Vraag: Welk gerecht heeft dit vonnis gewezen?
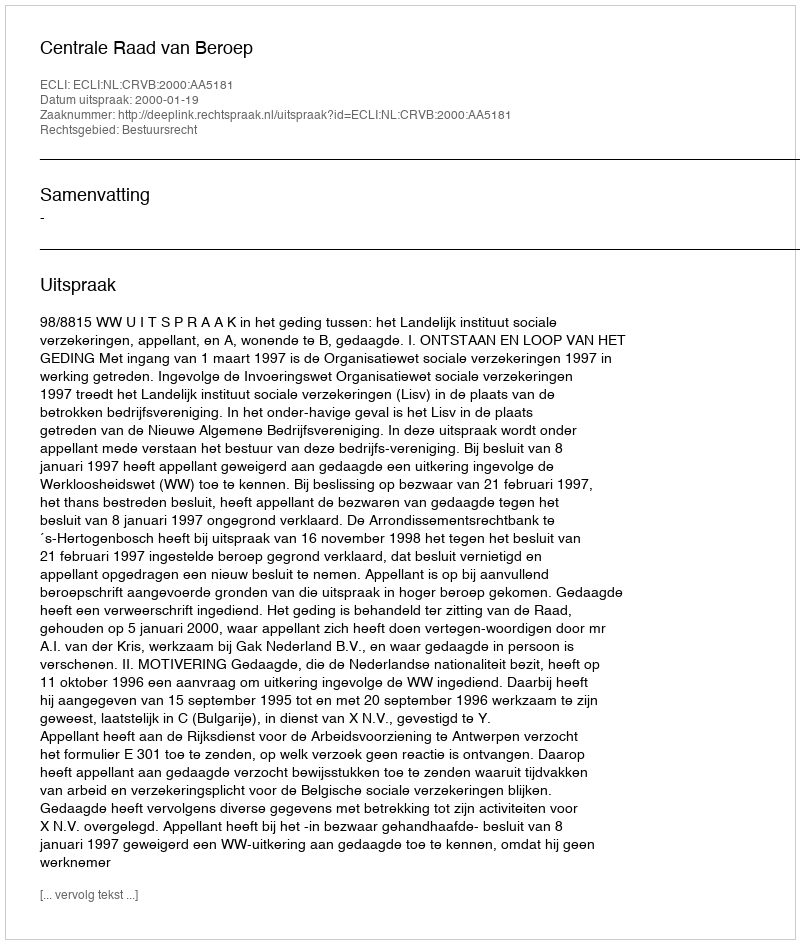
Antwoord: Centrale Raad van Beroep